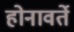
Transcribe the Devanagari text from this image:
होनावर्ते